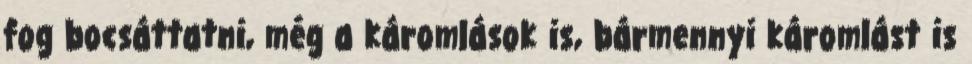
fog bocsáttatni, még a káromlások is, bármennyi káromlást is